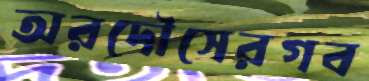
অরদৌসেরগব